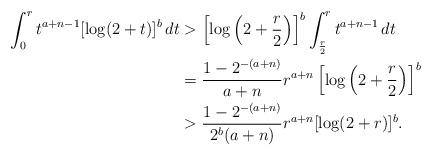
LaTeX: \begin{align*}\int_0^rt^{a+n-1}[\log(2+t)]^b\,dt&>\left[\log\left(2+\frac{r}{2}\right)\right]^b\int_{\frac{r}{2}}^rt^{a+n-1}\,dt\\&=\frac{1-2^{-(a+n)}}{a+n}r^{a+n}\left[\log\left(2+\frac{r}{2}\right)\right]^b\\&>\frac{1-2^{-(a+n)}}{2^b(a+n)}r^{a+n}[\log(2+r)]^b.\end{align*}